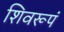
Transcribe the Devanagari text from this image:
शिवरूपं